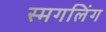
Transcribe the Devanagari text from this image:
स्मगलिंग